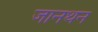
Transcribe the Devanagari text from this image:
जानथन